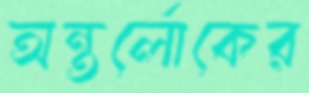
অন্তর্লোকের